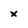
Character: x